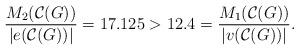
LaTeX: \begin{align*}\frac{M_{2}(\mathcal{C}(G))}{|e(\mathcal{C}(G))|} = 17.125 > 12.4 = \frac{M_{1}(\mathcal{C}(G))}{|v(\mathcal{C}(G))|}.\end{align*}